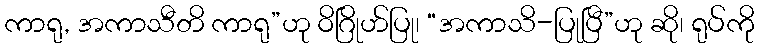
ကာရု, အကာသီတိ ကာရု”ဟု ဝိဂြိုဟ်ပြု၊ “အကာသိ-ပြုပြီ”ဟု ဆို၊ ရုပ်ကို